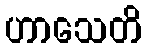
ဟာသေတိ